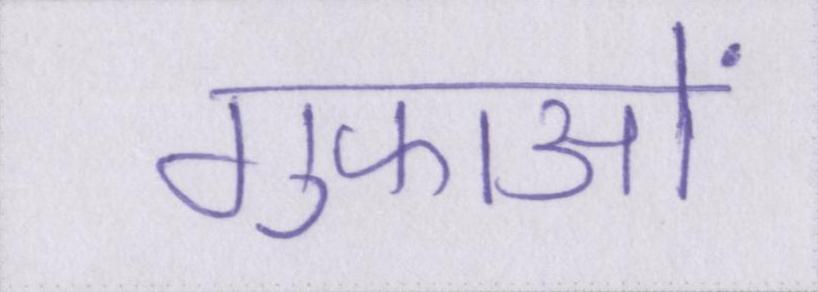
गुफाओं